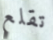
تقلع